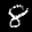
Label: 8